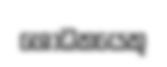
ශෝධකයෙකු